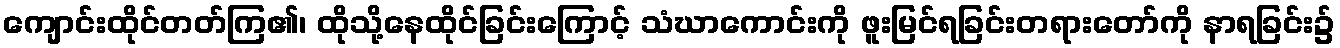
ကျောင်းထိုင်တတ်ကြ၏၊ ထိုသို့နေထိုင်ခြင်းကြောင့် သံဃာကောင်းကို ဖူးမြင်ရခြင်းတရားတော်ကို နာရခြင်း၌